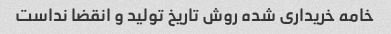
خامه خریداری شده روش تاریخ تولید و انقضا نداست